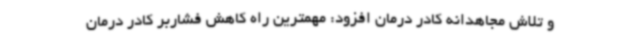
و تلاش مجاهدانه کادر درمان افزود: مهمترین راه کاهش فشاربر کادر درمان